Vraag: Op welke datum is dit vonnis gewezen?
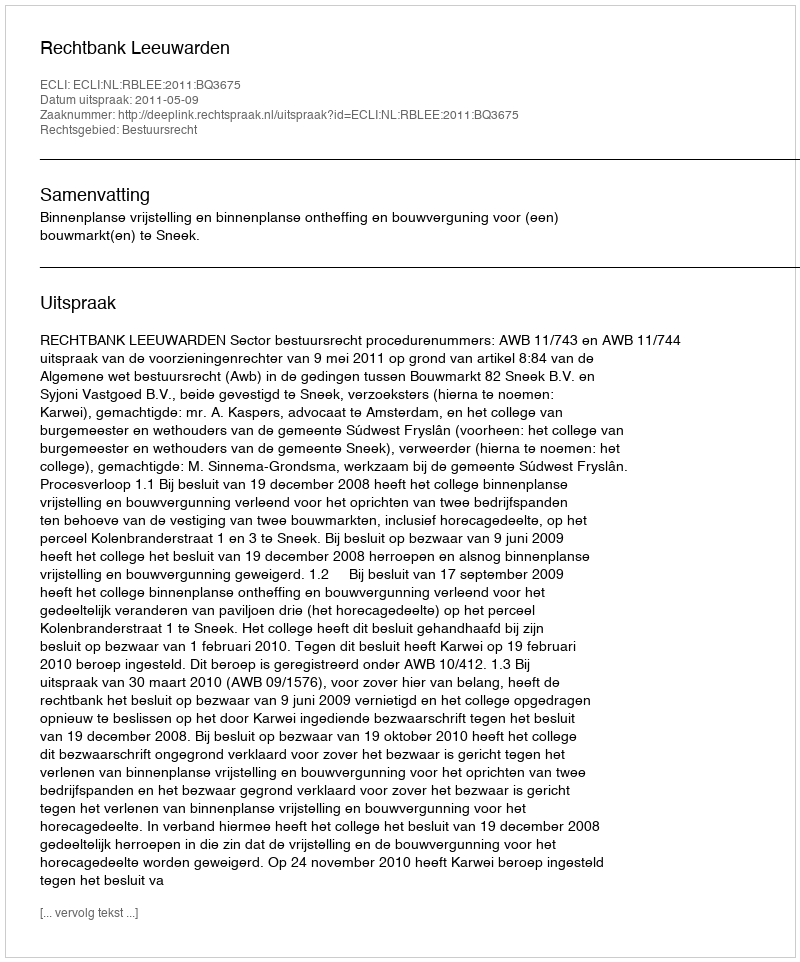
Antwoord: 2011-05-09